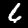
Digit: 6